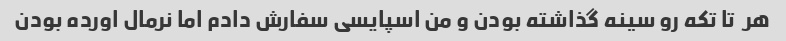
هر  تا تکه رو سینه گذاشته بودن و من اسپایسی سفارش دادم اما نرمال اورده بودن